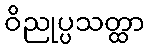
ဝိညုပ္ပသတ္ထာ